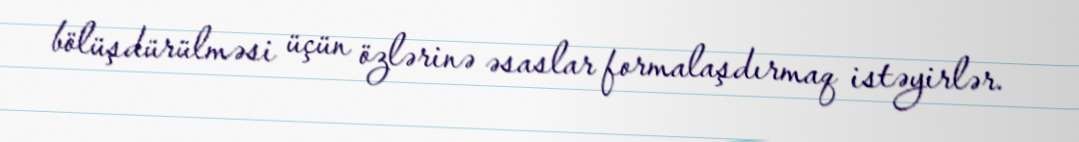
bölüşdürülməsi üçün özlərinə əsaslar formalaşdırmaq istəyirlər.